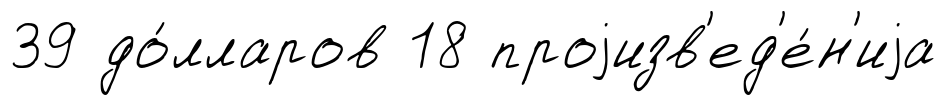
39 до́лларов 18 проjизв'ед'е́н'иjа